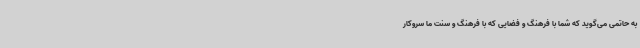
به حاتمی می‌گوید که شما با فرهنگ و فضایی که با فرهنگ و سنت ما سروکار